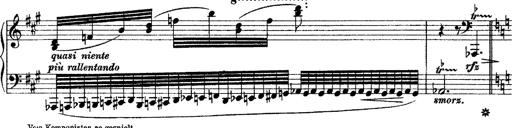
Title: Grande fantasie di bravura sur La clochette
Composer: Franz Liszt
Key: A minor